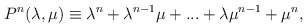
\begin{align*}P^n(\lambda ,\mu )\equiv \lambda ^n+\lambda ^{n-1}\mu +...+\lambda \mu^{n-1}+\mu ^n, \end{align*}